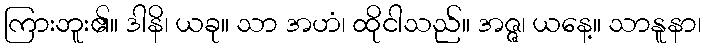
ကြားဘူး၏။ ဒါနိ၊ ယခု။ သာ အဟံ၊ ထိုငါသည်။ အဇ္ဇ၊ ယနေ့။ သာနူနာ၊